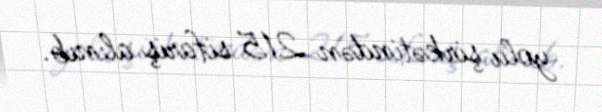
yolu şirkətindən 215 sifariş alınıb.